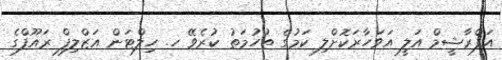
އަފްރާޝީމް އަލީ އަވަހާރަކޮށްލި ކަމުގެ ތުހުމަތު ކުރެވޭ ހ. ހިލްޓަން އަޒްލިފް ރައޫފްގެ